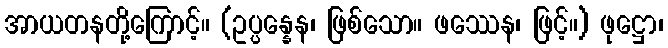
အာယတနတို့ကြောင့်။ (ဥပ္ပန္နေန၊ ဖြစ်သော။ ဖဿေန၊ ဖြင့်။) ဖုဋ္ဌော၊